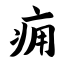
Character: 痈